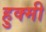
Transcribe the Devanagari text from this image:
हुक्मी